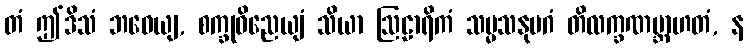
တံ ဤဒိသံ ဘဝေယျ, စက္ခုဝိညေယျံ သိယာ ဩဠာရိကံ သမ္မသနုပဂံ တိလက္ခဏဗ္ဘာဟတံ, န